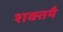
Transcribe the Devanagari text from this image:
शक्तयै